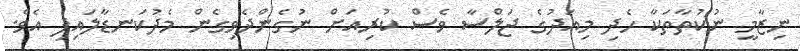
ނިޒާމީ ނުކުތާތަކާ ހެދި މިއަދުގެ ޖަލްސާ ވެސް ކުރިއަށް ނުގެންދެވިގެން މެދުކަނޑާލައިފި އެވެ.